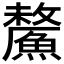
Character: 𩺸